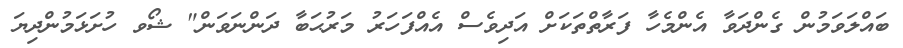
ބައްލަވަމުން ގެންދަވާ އެންމެހާ ފަރާތްތަކަށް އަދިވެސް އެއްފަހަރު މަރުޙަބާ ދަންނަވަން" ޝޯވ ހުށަޅަމުންދިޔަ